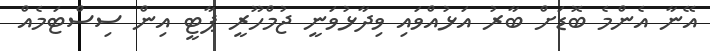
އޭނާ އެންމެ ބޮޑަށް ބާރު އަޅުއްވައި ވިދާޅުވަނީ ޖުމްހޫރީ ޕާޓީ އިން ސިސްޓަމެއް